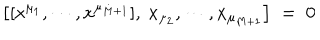
LaTeX: \left[ [ x ^ { \mu _ { 1 } } , \cdots , x ^ { \mu _ { M + 1 } } ] , \ x _ { \mu _ { 2 } } , \cdots , x _ { \mu _ { M + 1 } } \right] \; = \; 0